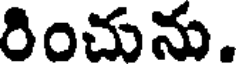
రించును.